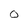
Character: 0